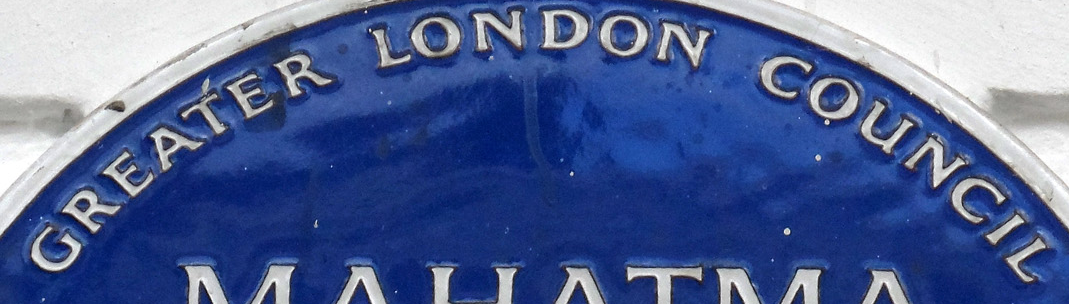
GREATER LONDON COUNCIL